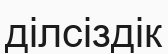
ділсіздік